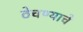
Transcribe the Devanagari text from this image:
ठेचण्याचे